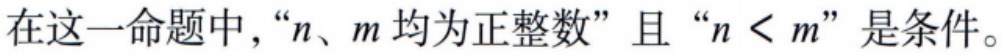
在这一命题中，“\(n、m\)均为正整数”且“\(n < m\)”是条件。